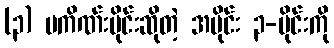
(၃) ပကိဏ်းပိုင်းဆိုတဲ့ အပိုင်း ၃-ပိုင်းကို